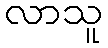
လာသူ